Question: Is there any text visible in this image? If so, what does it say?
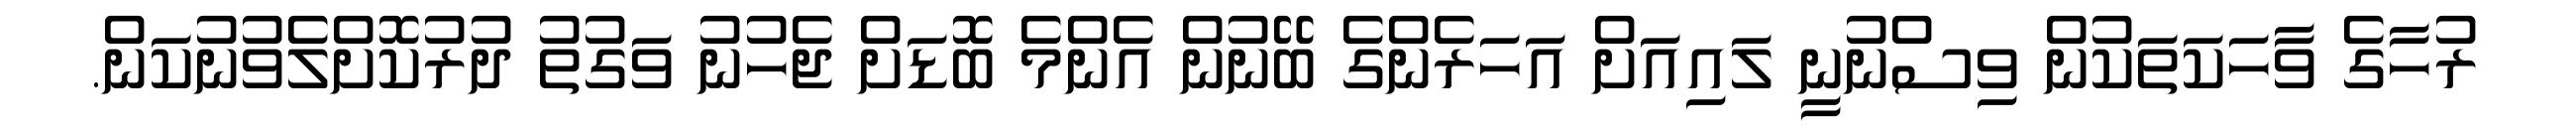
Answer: ރުހާގެ ވާހަކަތަކުން ވިސްނުނީ ލައިއަށް އަހަރެންގެ ބޭނުން އެންމެ ބޮޑަށް ޖެހުނު ވަގުތު ދުރުކޮށްލެވުނުކަން.